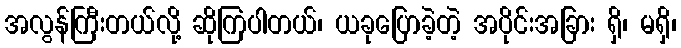
အလွန်ကြီးတယ်လို့ ဆိုကြပါတယ်၊ ယခုပြောခဲ့တဲ့ အပိုင်းအခြား ရှိ၊ မရှိ၊